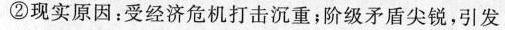
②现实原因：受经济危机打击沉重；阶级矛盾尖锐，引发